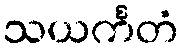
သယင်္ကတံ